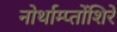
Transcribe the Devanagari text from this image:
नोर्थाम्प्तोंशिरे